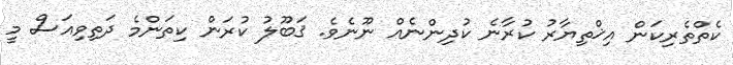
ކެތްތެރިކަން އިޚްތިޔާރު ކުރާނެ ކުދިންނެއް ނޫނެވެ. ޤަބޫލު ކުރަން ކިތަންމެ ދަތިވިއަސް މީ